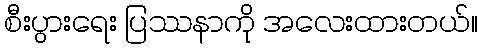
စီးပွားရေး ပြဿနာကို အလေးထားတယ်။